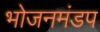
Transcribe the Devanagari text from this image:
भोजनमंडप